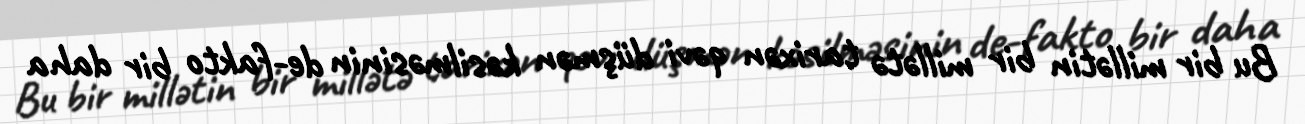
Bu bir millətin bir millətə tarixən qəvi düşmən kəsilməsinin de-fakto bir daha